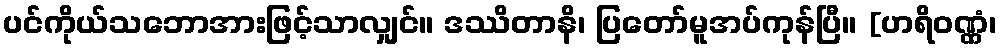
ပင်ကိုယ်သဘောအားဖြင့်သာလျှင်။ ဒဿိတာနိ၊ ပြတော်မူအပ်ကုန်ပြီ။ [ဟရိဝဏ္ဏံ၊